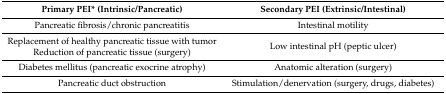
| Primary PEI* (Intrinsic/Pancreatic) | Secondary PEI (Extrinsic/Intestinal) |
 | --- | --- |
 | Pancreatic fibrosis/chronic pancreatitis | Intestinal motility |
 | Replacement of healthy pancreatic tissue with tumor Reduction of pancreatic tissue (surgery) | Low intestinal pH (peptic ulcer) |
 | Diabetes mellitus (pancreatic exocrine atrophy) | Anatomic alteration (surgery) |
 | Pancreatic duct obstruction | Stimulation/denervation (surgery, drugs, diabetes) |